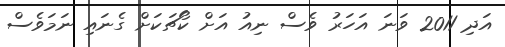
އަދި 2011 ވަނަ އަހަރު ވެސް ނިއު އަށް ކޯޗަކަށް ގެނައި ނަމަވެސް